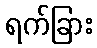
ရက်ခြား